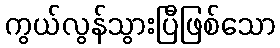
ကွယ်လွန်သွားပြီဖြစ်သော